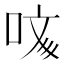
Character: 𠲲